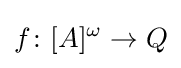
f\colon [A]^{\omega }\to Q